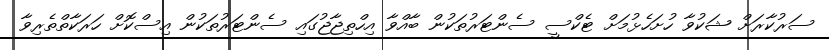
ސަރުކާރަށް ޝަކުވާ ހުށަހެޅުމަށް ޓެކްސީ ސެންޓަރުތަކުން ބާއްވާ އިހްތިޖާޖުގައި ސެންޓަރުތަކުން އިސްކޮށް ހަރަކާތްތެރިވާ